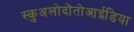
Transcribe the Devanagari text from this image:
स्कुअलोदोंतोआईडिया